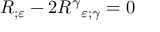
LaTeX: R _ { ; \varepsilon } - 2 { R ^ { \gamma } } _ { \varepsilon ; \gamma } = 0